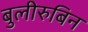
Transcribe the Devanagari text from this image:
बुलीरुबिन